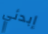
إبدئي